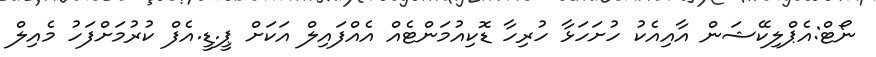
ނޯޓް:އެޕްލިކޭޝަން އާއިއެކު ހުށަހަޅާ ހުރިހާ ޑޮކިއުމަންޓެއް އެއްފައިލް އަކަށް ޕީ.ޑީ.އެފް ކުރުމަށްފަހު މެއިލް